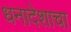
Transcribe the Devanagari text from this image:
धनादेशाचा